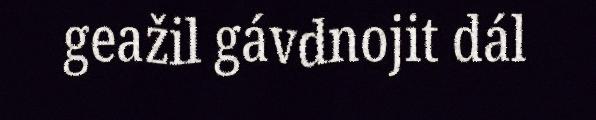
geažil gávdnojit dál